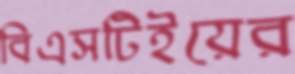
বিএসটিইয়ের